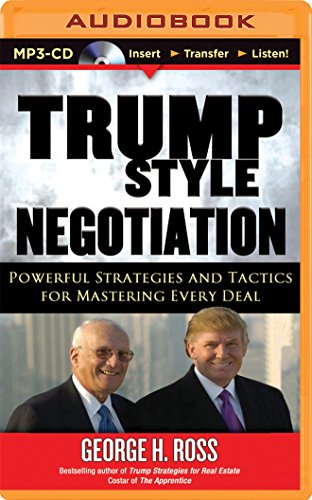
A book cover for Trump Style Negotiation: Powerful Strategies and Tactics for Mastering Every Deal; George H. Ross; Business & Money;